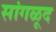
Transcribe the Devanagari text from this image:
सांगळूद